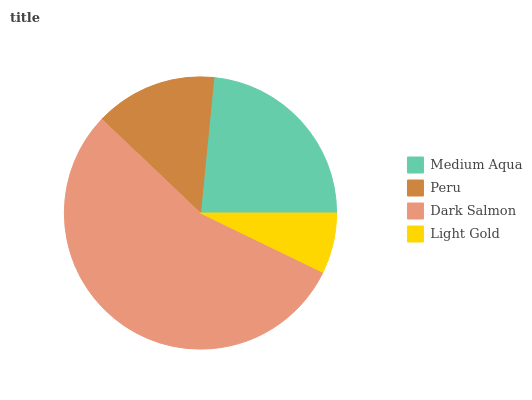
| Medium Aqua | Peru | Dark Salmon | Light Gold |
 | --- | --- | --- | --- |
 | 23.4% | 14.5% | 54.9% | 7.18% |